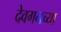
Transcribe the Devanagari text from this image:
देवगनच्या